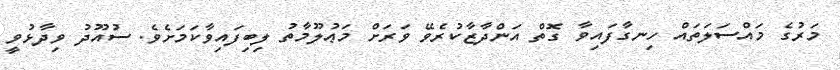
މަރުގެ މައްސަލަތައް ހިނގާފައިވާ ގޮތް އަންދާޒާކުރެވޭ ވަރަށް މަޢުލޫމާތު ލިބިފައިވާކަމަށެވެ. ސުއޫދު ވިދާޅުވީ